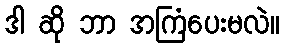
ဒါ ဆို ဘာ အကြံပေးမလဲ။